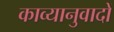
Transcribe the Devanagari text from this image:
काव्यानुवादों